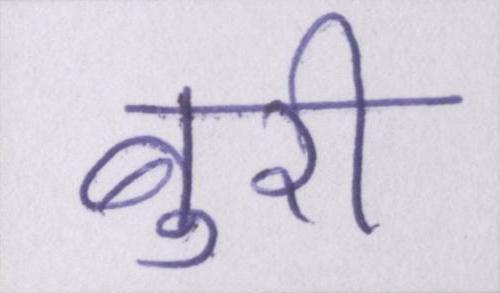
बुरी